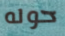
حوله